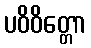
ပဝိဝိတ္တော